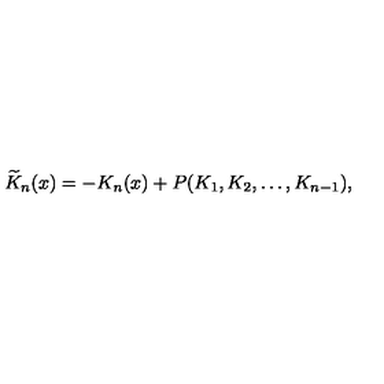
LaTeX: \widetilde { K } _ { n } ( x ) = - K _ { n } ( x ) + P ( K _ { 1 } , K _ { 2 } , \dots , K _ { n - 1 } ) ,